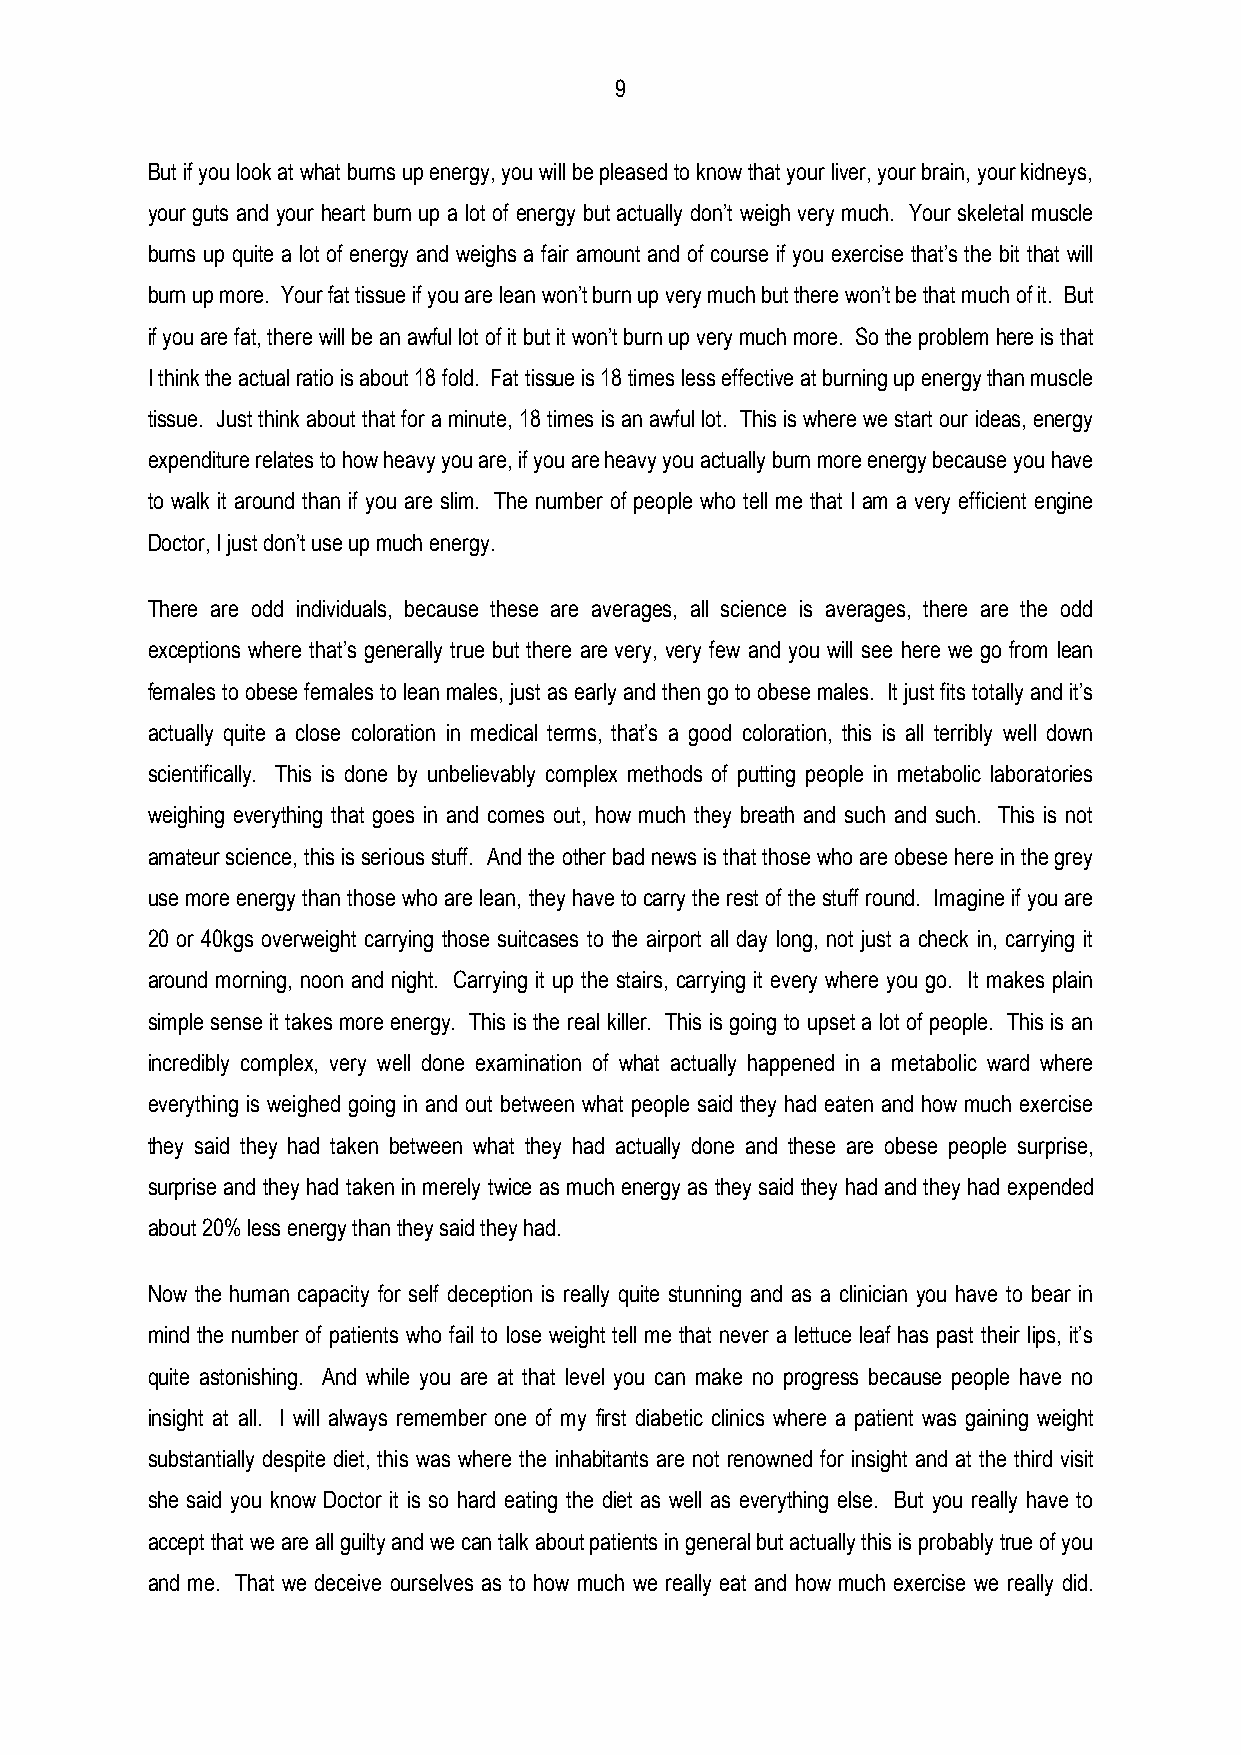
9
 But if you look at what burns up energy, you will be pleased to know that your liver, your brain, your kidneys,
 your guts and your heart burn up a lot of energy but actually don’t weigh very much. Your skeletal muscle
 burns up quite a lot of energy and weighs a fair amount and of course if you exercise that’s the bit that will
 burn up more. Your fat tissue if you are lean won’t burn up very much but there won’t be that much of it. But
 if you are fat, there will be an awful lot of it but it won’t burn up very much more. So the problem here is that
 I think the actual ratio is about 18 fold. Fat tissue is 18 times less effective at burning up energy than muscle
 tissue. Just think about that for a minute, 18 times is an awful lot. This is where we start our ideas, energy
 expenditure relates to how heavy you are, if you are heavy you actually burn more energy because you have
 to walk it around than if you are slim. The number of people who tell me that I am a very efficient engine
 Doctor, I just don’t use up much energy.
 There are odd individuals, because these are averages, all science is averages, there are the odd
 exceptions where that’s generally true but there are very, very few and you will see here we go from lean
 females to obese females to lean males, just as early and then go to obese males. It just fits totally and it’s
 actually quite a close coloration in medical terms, that’s a good coloration, this is all terribly well down
 scientifically. This is done by unbelievably complex methods of putting people in metabolic laboratories
 weighing everything that goes in and comes out, how much they breath and such and such. This is not
 amateur science, this is serious stuff. And the other bad news is that those who are obese here in the grey
 use more energy than those who are lean, they have to carry the rest of the stuff round. Imagine if you are
 20 or 40kgs overweight carrying those suitcases to the airport all day long, not just a check in, carrying it
 around morning, noon and night. Carrying it up the stairs, carrying it every where you go. It makes plain
 simple sense it takes more energy. This is the real killer. This is going to upset a lot of people. This is an
 incredibly complex, very well done examination of what actually happened in a metabolic ward where
 everything is weighed going in and out between what people said they had eaten and how much exercise
 they said they had taken between what they had actually done and these are obese people surprise,
 surprise and they had taken in merely twice as much energy as they said they had and they had expended
 about 20% less energy than they said they had.
 Now the human capacity for self deception is really quite stunning and as a clinician you have to bear in
 mind the number of patients who fail to lose weight tell me that never a lettuce leaf has past their lips, it’s
 quite astonishing. And while you are at that level you can make no progress because people have no
 insight at all. I will always remember one of my first diabetic clinics where a patient was gaining weight
 substantially despite diet, this was where the inhabitants are not renowned for insight and at the third visit
 she said you know Doctor it is so hard eating the diet as well as everything else. But you really have to
 accept that we are all guilty and we can talk about patients in general but actually this is probably true of you
 and me. That we deceive ourselves as to how much we really eat and how much exercise we really did.